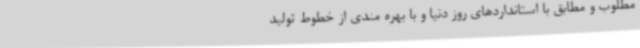
مطلوب و مطابق با استانداردهای روز دنیا و با بهره مندی از خطوط تولید